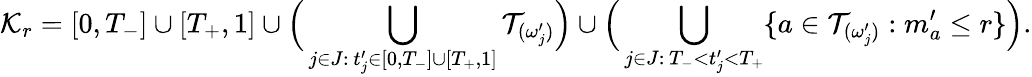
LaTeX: \mathcal{K}_{r}=[0,T_{-}]\cup[T_{+},1]\cup\Big(\bigcup_{j\in J:\, t_{j}^{\prime}\in[0,T_{-}]\cup[T_{+},1]}\mathcal{T}_{(\omega_{j}^{\prime})}\Big)\cup\Big(\bigcup_{j\in J:\, T_{-}<t_{j}^{\prime}<T_{+}}\{ a\in\mathcal{T}_{(\omega_{j}^{\prime})}:m_{a}^{\prime}\leq r\} \Big).